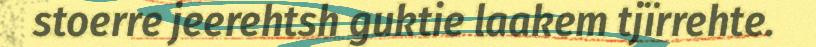
stoerre jeerehtsh guktie laakem tjïrrehte.